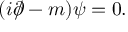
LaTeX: ( i { \partial \! \! \! / } - m ) \psi = 0 .